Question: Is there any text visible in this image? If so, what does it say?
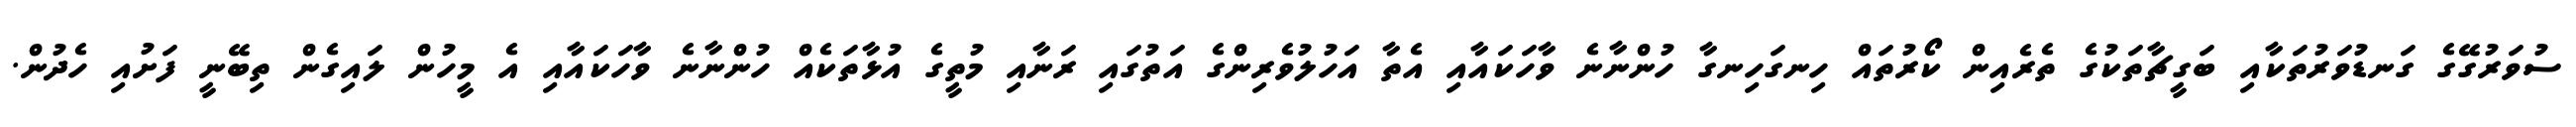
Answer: ސުވަރުގޭގެ ގަނޑުވަރުތަކާއި ބަގީޗާތަކުގެ ތެރެއިން ކޯރުތައް ހިނގަހިނގާ ހުންނާނެ ވާހަކައާއި އެތާ އަހުލުވެރިންގެ އަތުގައި ރަނާއި މުތީގެ އުޅާތަކެއް ހުންނާނެ ވާހަކައާއި އެ މީހުން ލައިގެން ތިބޭނީ ފަށުއި ހެދުން.